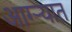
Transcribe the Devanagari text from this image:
आग्ऱ्यात